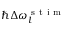
\hbar \Delta \omega _ { l } ^ { \mathrm { ~ s ~ t ~ i ~ m ~ } }